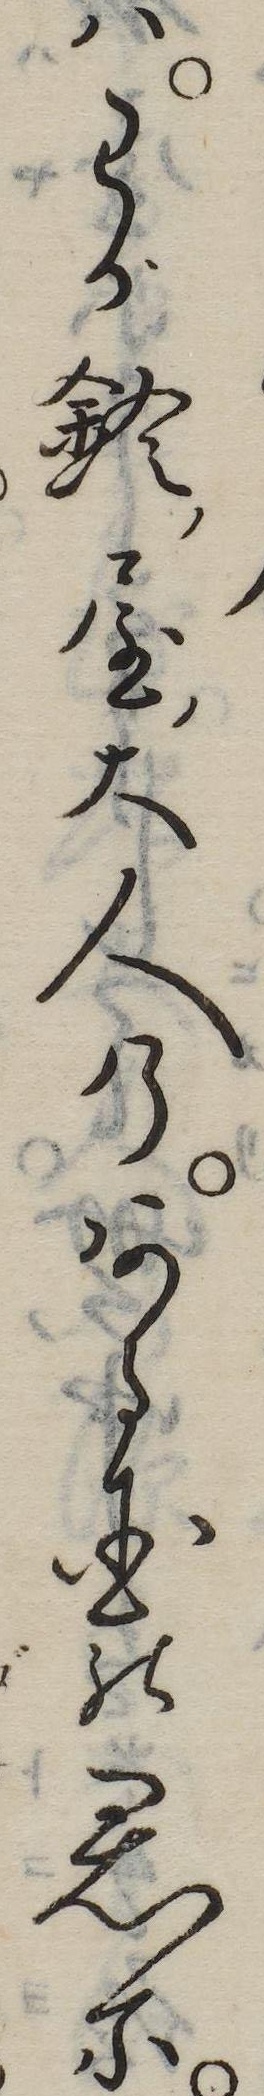
はわが鈴屋大人のある国の君に